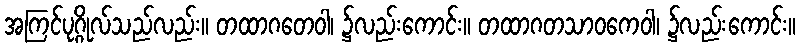
အကြင်ပုဂ္ဂိုလ်သည်လည်း။ တထာဂတေဝါ၊ ၌လည်းကောင်း။ တထာဂတသာဝကေဝါ၊ ၌လည်းကောင်း။